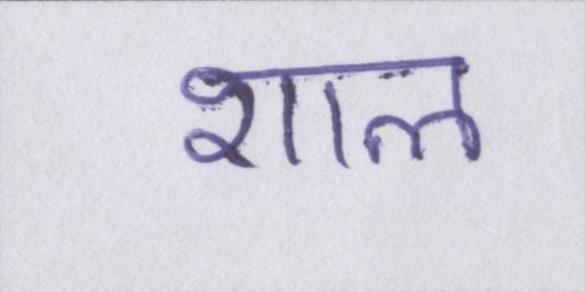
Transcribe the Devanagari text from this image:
शाल